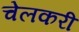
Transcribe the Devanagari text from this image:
चेलकरी